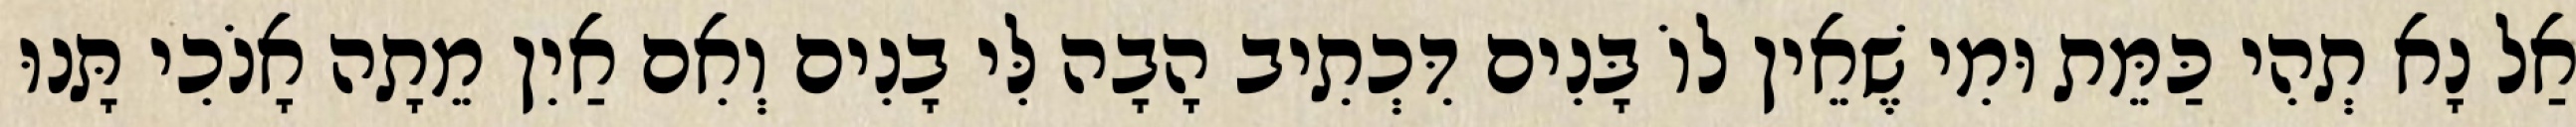
אַל נָא תְהִי כַּמֵּת וּמִי שֶׁאֵין לוֹ בָּנִים דִּכְתִיב הָבָה לִּי בָנִים וְאִם אַיִן מֵתָה אָנֹכִי תָּנוּ